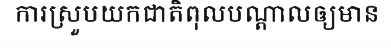
ការស្រួបយកជាតិពុលបណ្តាលឲ្យមាន